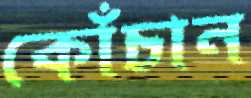
কোঁচান